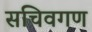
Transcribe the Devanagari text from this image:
सचिवगण